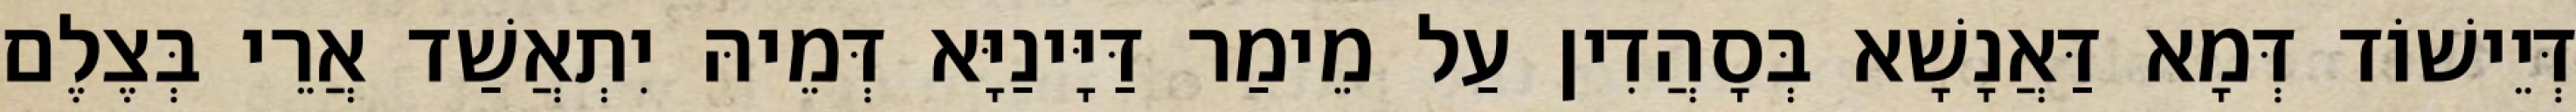
דְּיֵישׁוֹד דְּמָא דַּאֲנָשָׁא בְּסָהֲדִין עַל מֵימַר דַּיָּינַיָּא דְּמֵיהּ יִתְאֲשַׁד אֲרֵי בְּצֶלֶם